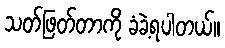
သတ်ဖြတ်တာကို ခံခဲ့ရပါတယ်။